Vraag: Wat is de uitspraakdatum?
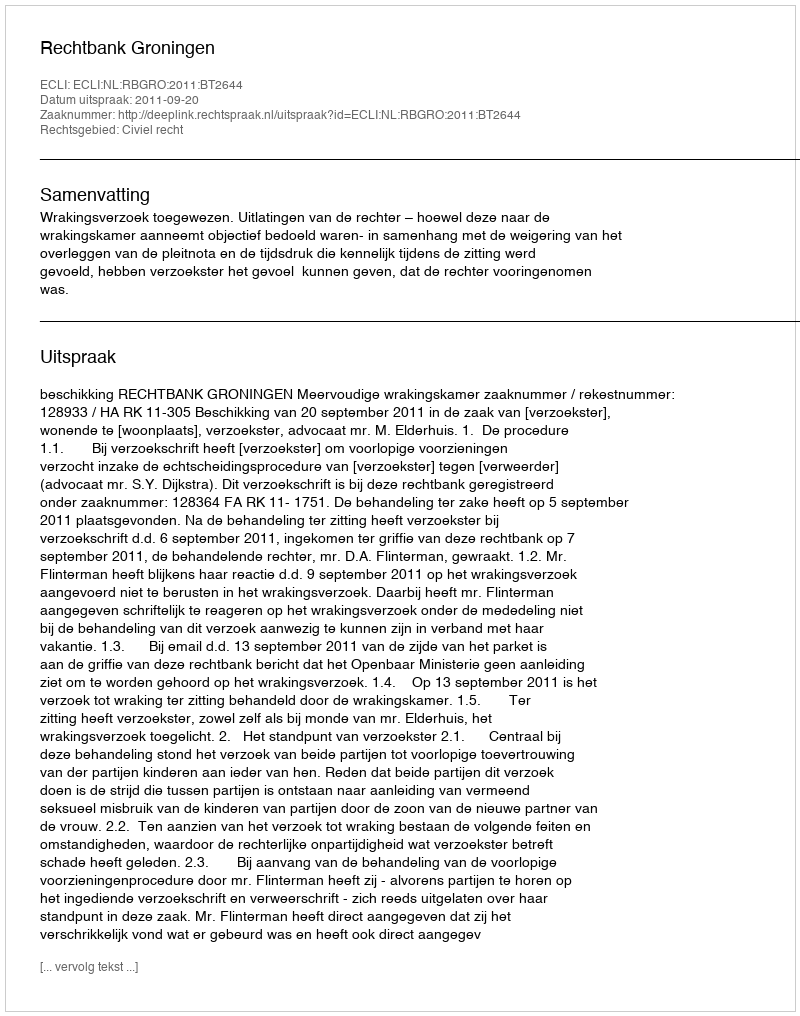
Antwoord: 2011-09-20